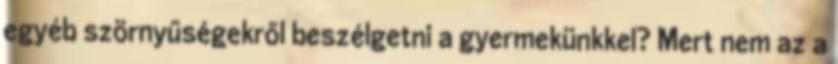
egyéb szörnyűségekről beszélgetni a gyermekünkkel? Mert nem az a